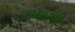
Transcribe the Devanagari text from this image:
सगांस्की